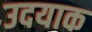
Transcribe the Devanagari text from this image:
उदयाक